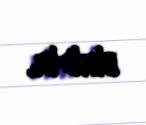
biridir.